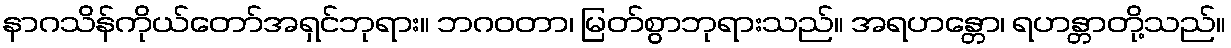
နာဂသိန်ကိုယ်တော်အရှင်ဘုရား။ ဘဂဝတာ၊ မြတ်စွာဘုရားသည်။ အရဟန္တော၊ ရဟန္တာတို့သည်။